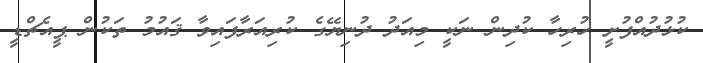
ކުޅުދުއްފުށީ ހުރިހާ ކުދިން ނަކީ މިއަދު ދުނިޔޭގެ ކުރިއަރާފައިވާ ޤައުމު ތަކުން ޕީއެޗްޑީ